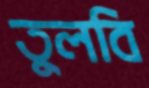
তুলবি